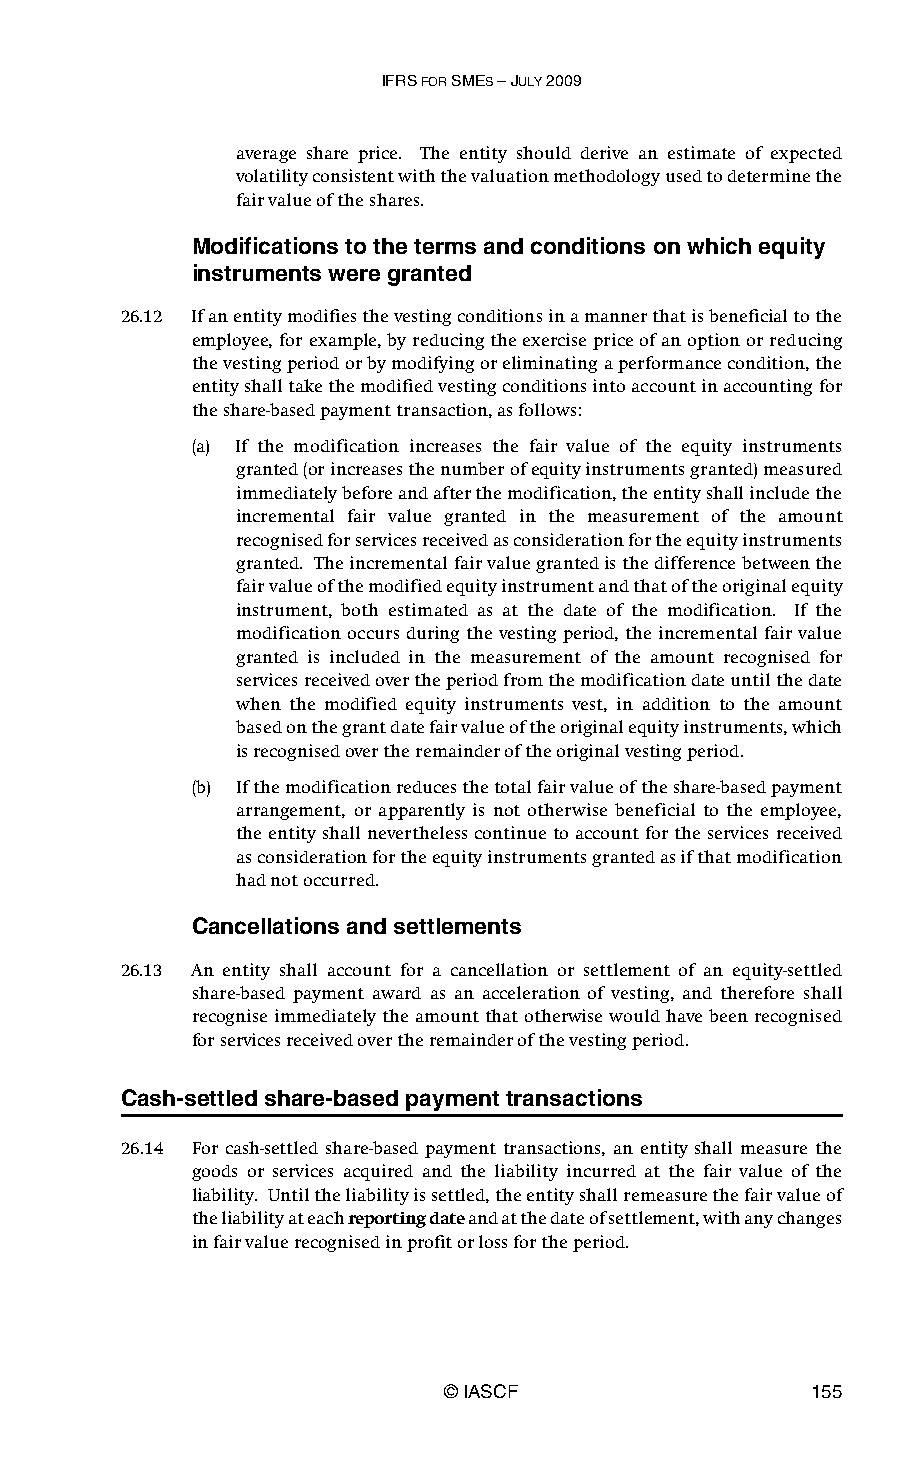
IFRS FOR SMES – JULY 2009
 average share price. The entity should derive an estimate of expected
 volatility consistent with the valuation methodology used to determine the
 fair value of the shares.
 Modifications to the terms and conditions on which equity
 instruments were granted
 26.12 If an entity modifies the vesting conditions in a manner that is beneficial to the
 employee, for example, by reducing the exercise price of an option or reducing
 the vesting period or by modifying or eliminating a performance condition, the
 entity shall take the modified vesting conditions into account in accounting for
 the share-based payment transaction, as follows:
 (a) If the modification increases the fair value of the equity instruments
 granted (or increases the number of equity instruments granted) measured
 immediately before and after the modification, the entity shall include the
 incremental fair value granted in the measurement of the amount
 recognised for services received as consideration for the equity instruments
 granted. The incremental fair value granted is the difference between the
 fair value of the modified equity instrument and that of the original equity
 instrument, both estimated as at the date of the modification. If the
 modification occurs during the vesting period, the incremental fair value
 granted is included in the measurement of the amount recognised for
 services received over the period from the modification date until the date
 when the modified equity instruments vest, in addition to the amount
 based on the grant date fair value of the original equity instruments, which
 is recognised over the remainder of the original vesting period.
 (b) If the modification reduces the total fair value of the share-based payment
 arrangement, or apparently is not otherwise beneficial to the employee,
 the entity shall nevertheless continue to account for the services received
 as consideration for the equity instruments granted as if that modification
 had not occurred.
 Cancellations and settlements
 26.13 An entity shall account for a cancellation or settlement of an equity-settled
 share-based payment award as an acceleration of vesting, and therefore shall
 recognise immediately the amount that otherwise would have been recognised
 for services received over the remainder of the vesting period.
 Cash-settled share-based payment transactions
 26.14 For cash-settled share-based payment transactions, an entity shall measure the
 goods or services acquired and the liability incurred at the fair value of the
 liability. Until the liability is settled, the entity shall remeasure the fair value of
 the liability at each reporting date and at the date of settlement, with any changes
 in fair value recognised in profit or loss for the period.
 © IASCF                 155